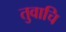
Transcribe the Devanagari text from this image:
तुवाचि